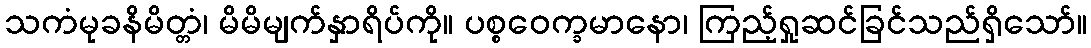
သကံမုခနိမိတ္တံ၊ မိမိမျက်နှာရိပ်ကို။ ပစ္စဝေက္ခမာနော၊ ကြည့်ရှုဆင်ခြင်သည်ရှိသော်။